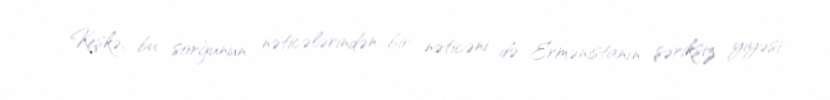
Keşkə, bu sorğunun nəticələrindən bir nəticəni də Ermənistanın şəriksiz yiyəsi